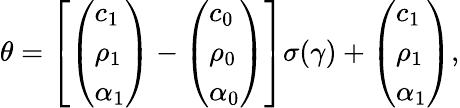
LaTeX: \theta=\left[\left(\begin{array}{l}{c_{1}}\\ {\rho_{1}}\\ {\alpha_{1}}\end{array}\right)-\left(\begin{array}{l}{c_{0}}\\ {\rho_{0}}\\ {\alpha_{0}}\end{array}\right)\right]\sigma(\gamma)+\left(\begin{array}{l}{c_{1}}\\ {\rho_{1}}\\ {\alpha_{1}}\end{array}\right),